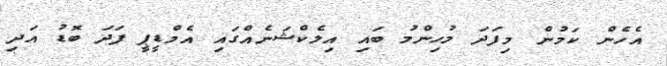
އެހެން ކަމުން މިފަދަ މުހިންމު ބައި އިލެކްޝަނެއްގައި އެމްޑީޕީ ފަދަ ބޮޑު އަދި